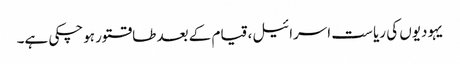
یہودیوں کی ریا ست اسرائیل، قیام کے بعد طاقتور ہوچکی ہے۔